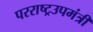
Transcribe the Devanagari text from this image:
परराष्ट्रउपमंत्री